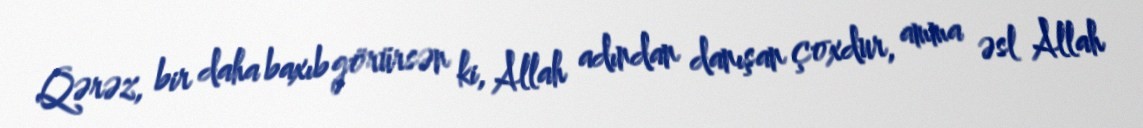
Qərəz, bir daha baxıb görürsən ki, Allah adından danışan çoxdur, amma əsl Allah